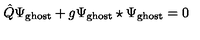
\hat { Q } \Psi _ { \mathrm { g h o s t } } + g \Psi _ { \mathrm { g h o s t } } \star \Psi _ { \mathrm { g h o s t } } = 0